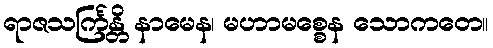
ရာဇသင်္ကြန္တိ နာမေန၊ မဟာမစ္စေန သောကတေ။